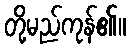
တို့မည်ကုန်၏။